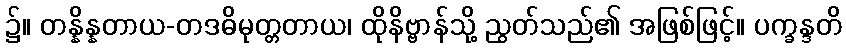
၌။ တန္နိန္နတာယ-တဒဓိမုတ္တတာယ၊ ထိုနိဗ္ဗာန်သို့ ညွတ်သည်၏ အဖြစ်ဖြင့်။ ပက္ခန္ဒတိ